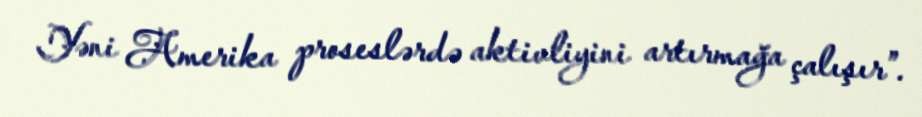
Yəni Amerika proseslərdə aktivliyini artırmağa çalışır”.